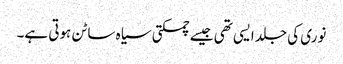
نوری کی جلد ایسی تھی جیسے چمکتی سیاہ ساٹن ہوتی ہے۔